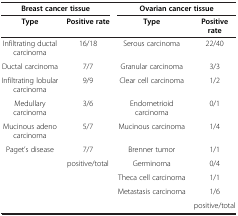
| <COLSPAN=2> Breast cancer tissue | <COLSPAN=2> Ovarian cancer tissue |
 | Type | Positive rate | Type | Positive rate |
 | --- | --- | --- | --- |
 | Infiltrating ductal carcinoma | 16/18 | Serous carcinoma | 22/40 |
 | Ductal carcinoma | 7/7 | Granular carcinoma | 3/3 |
 | Infiltrating lobular carcinoma | 9/9 | Clear cell carcinoma | 1/2 |
 | Medullary carcinoma | 3/6 | Endometrioid carcinoma | 0/1 |
 | Mucinous adeno carcinoma | 5/7 | Mucinous carcinoma | 1/4 |
 | Paget’s disease | 7/7 | Brenner tumor | 1/1 |
 |  | positive/total | Germinoma | 0/4 |
 |  |  | Theca cell carcinoma | 1/1 |
 |  |  | Metastasis carcinoma | 1/6 |
 |  |  |  | positive/total |